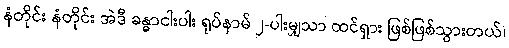
နံတိုင်း နံတိုင်း အဲဒီ ခန္ဓာငါးပါး ရုပ်နာမ် ၂-ပါးမျှသာ ထင်ရှား ဖြစ်ဖြစ်သွားတယ်၊